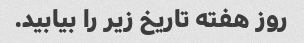
روز هفته تاریخ زیر را بیابید.